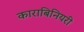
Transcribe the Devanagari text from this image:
काराबिनियरी